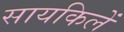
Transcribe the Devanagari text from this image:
सायकिलें